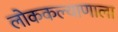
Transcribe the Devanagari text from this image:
लोककल्याणाला